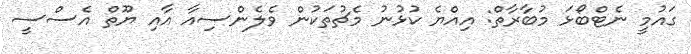
ގައުމީ ނެޓްބޯޅަ މުބާރާތް: އިއްޔެ ކުޅުނު މެޗުތަކުން ވެލެންސިއާ އާއި ޔޫތް އެސްސީ